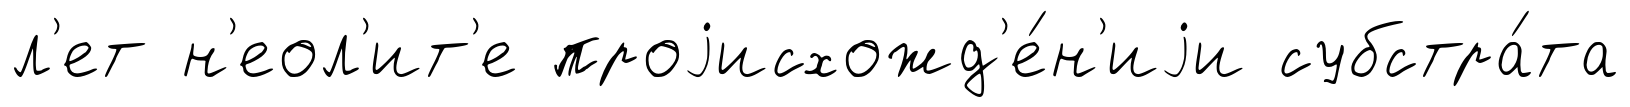
л'ет н'еол'ит'е проjисхожд'е́н'иjи субстра́та